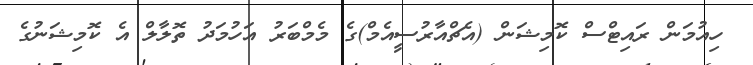
ހިއުމަން ރައިޓްސް ކޮމިޝަން (އެޗްއާރުސީއެމް)ގެ މެމްބަރު އަހުމަދު ތޮލާލް އެ ކޮމިޝަނުގެ